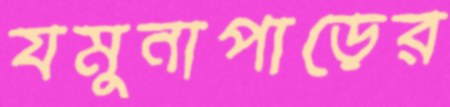
যমুনাপাড়ের